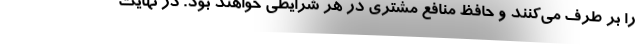
را بر طرف می‌کنند و حافظ منافع مشتری در هر شرایطی خواهند بود. در نهایت